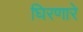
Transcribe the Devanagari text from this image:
घिरणारे